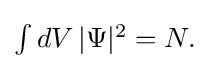
{\textstyle \int dV\,|\Psi |^{2}=N.}